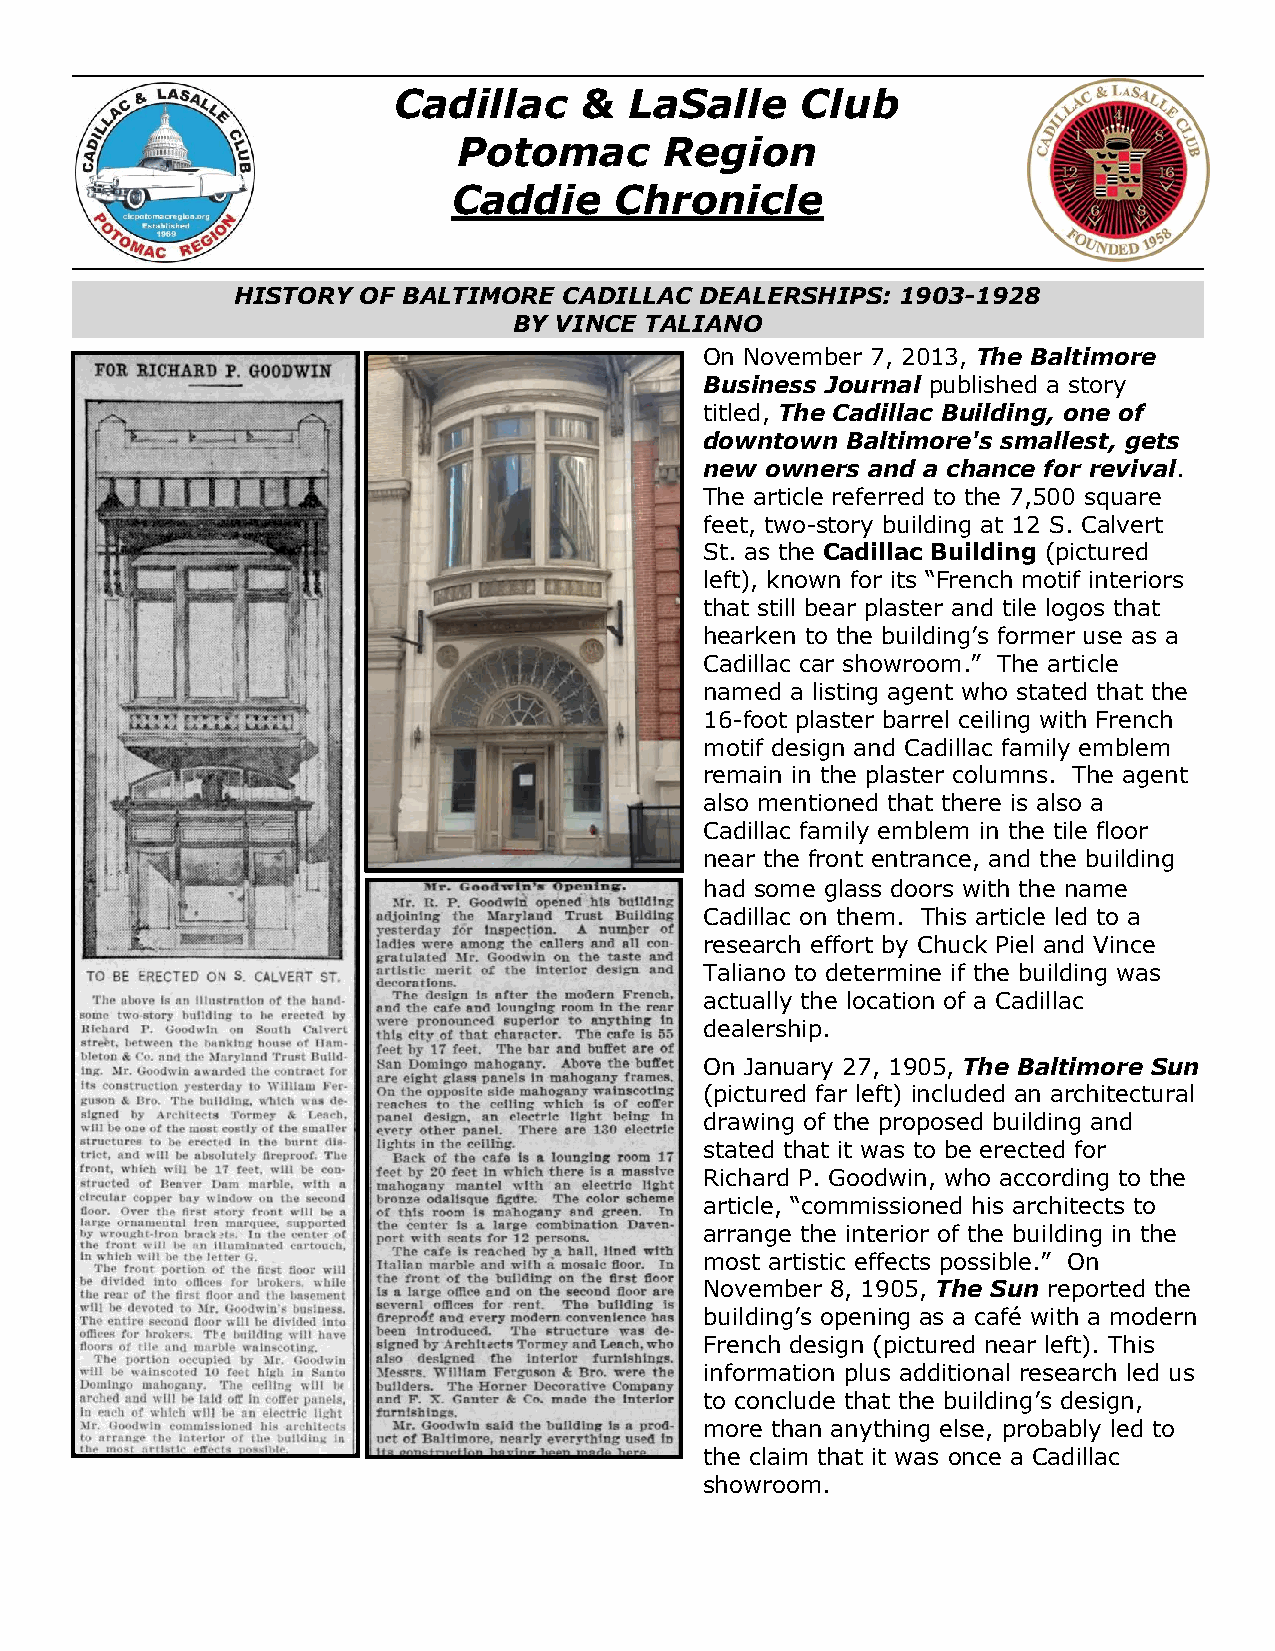
Cadillac    &   LaSalle    Club
 Potomac       Region
 Caddie     Chronicle
 HISTORY OF BALTIMORE CADILLAC DEALERSHIPS:  1903-1928
 BY VINCE TALIANO
 On November 7, 2013, The Baltimore
 Business Journal published a story
 titled, The Cadillac Building, one of
 downtown Baltimore's smallest, gets
 new owners and a chance for revival.
 The article referred to the 7,500 square
 feet, two-story building at 12 S. Calvert
 St. as the Cadillac Building (pictured
 left), known for its “French motif interiors
 that still bear plaster and tile logos that
 hearken to the building’s former use as a
 Cadillac car showroom.” The article
 named a listing agent who stated that the
 16-foot plaster barrel ceiling with French
 motif design and Cadillac family emblem
 remain in the plaster columns. The agent
 also mentioned that there is also a
 Cadillac family emblem in the tile floor
 near the front entrance, and the building
 had some glass doors with the name
 Cadillac on them. This article led to a
 research effort by Chuck Piel and Vince
 Taliano to determine if the building was
 actually the location of a Cadillac
 dealership.
 On January 27, 1905, The Baltimore Sun
 (pictured far left) included an architectural
 drawing of the proposed building and
 stated that it was to be erected for
 Richard P. Goodwin, who according to the
 article, “commissioned his architects to
 arrange the interior of the building in the
 most artistic effects possible.” On
 November 8, 1905, The Sun reported the
 building’s opening as a café with a modern
 French design (pictured near left). This
 information plus additional research led us
 to conclude that the building’s design,
 more than anything else, probably led to
 the claim that it was once a Cadillac
 showroom.